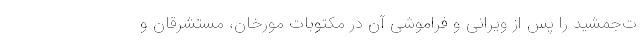
ت‌جمشید را پس از ویرانی و فراموشی آن در مکتوبات مورخان، مستشرقان و